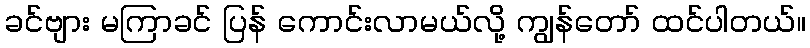
ခင်ဗျား မကြာခင် ပြန် ကောင်းလာမယ်လို့ ကျွန်တော် ထင်ပါတယ်။